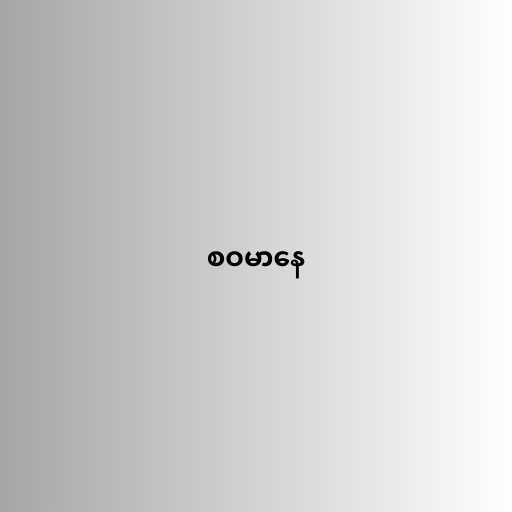
စဝမာနေ